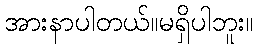
အားနာပါတယ်။မရှိပါဘူး။